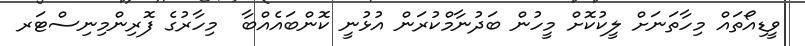
ވީޑިއޯތައް މިހާތަނަށް ލީކުކޮށް މީހުން ބަދުނާމްކުރަން އުޅުނީ ކޮންބައެއްބާ  މިހާރުގެ ފޮރިންމިނިސްޓަރ